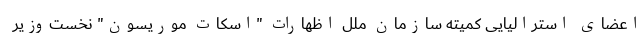
اعضای استرالیایی کمیته سازمان ملل اظهارات "اسکات موریسون" نخست‌وزیر